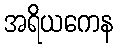
အရိယကေန